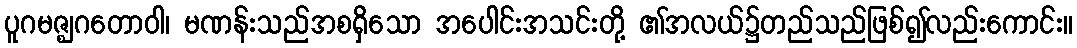
ပူဂမဇ္ဈဂတောဝါ၊ မဏန်းသည်အစရှိသော အပေါင်းအသင်းတို့ ၏အလယ်၌တည်သည်ဖြစ်၍လည်းကောင်း။